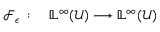
\begin{array} { r l } { \mathcal { F } _ { \epsilon } \; : \; } & { { } \mathbb { L } ^ { \infty } ( \mathcal { U } ) \longrightarrow \mathbb { L } ^ { \infty } ( \mathcal { U } ) } \end{array}